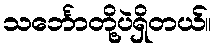
သင်္ဘောတို့ပဲရှိတယ်။